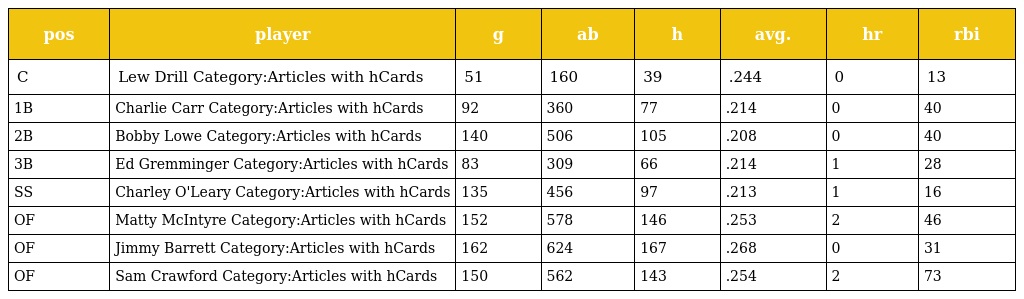
| pos | player | g | ab | h | avg. | hr | rbi |
 | --- | --- | --- | --- | --- | --- | --- | --- |
 | C | Lew Drill Category:Articles with hCards | 51 | 160 | 39 | .244 | 0 | 13 |
 | 1B | Charlie Carr Category:Articles with hCards | 92 | 360 | 77 | .214 | 0 | 40 |
 | 2B | Bobby Lowe Category:Articles with hCards | 140 | 506 | 105 | .208 | 0 | 40 |
 | 3B | Ed Gremminger Category:Articles with hCards | 83 | 309 | 66 | .214 | 1 | 28 |
 | SS | Charley O'Leary Category:Articles with hCards | 135 | 456 | 97 | .213 | 1 | 16 |
 | OF | Matty McIntyre Category:Articles with hCards | 152 | 578 | 146 | .253 | 2 | 46 |
 | OF | Jimmy Barrett Category:Articles with hCards | 162 | 624 | 167 | .268 | 0 | 31 |
 | OF | Sam Crawford Category:Articles with hCards | 150 | 562 | 143 | .254 | 2 | 73 |